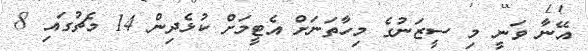
އޭނާ ވަނީ މި ސީޒަނުގެ މިހާތަނަށް އެޓީމަށް ކުޅެދިން 14 މެޗުގައި 8